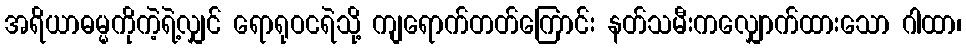
အရိယာဓမ္မကိုကဲ့ရဲ့လျှင် ရောရုဝငရဲသို့ ကျရောက်တတ်ကြောင်း နတ်သမီးကလျှောက်ထားသော ဂါထာ၊